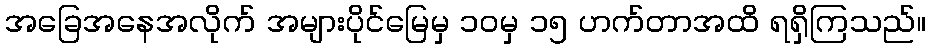
အခြေအနေအလိုက် အများပိုင်မြေမှ ၁၀မှ ၁၅ ဟက်တာအထိ ရရှိကြသည်။